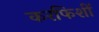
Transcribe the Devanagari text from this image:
करफिशीं